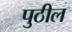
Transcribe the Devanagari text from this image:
पुठील